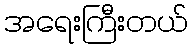
အရေးကြီးတယ်